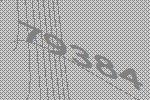
79384